Problem: 7 × 7 = ?
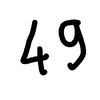
Handwritten answer: 49